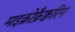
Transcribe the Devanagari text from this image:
माइक्रोफ्रैक्चरिंग